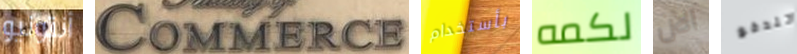
أنتونيو Commerce بأستخدام لكمه الآن تندفع